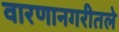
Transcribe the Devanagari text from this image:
वारणानगरीतले